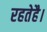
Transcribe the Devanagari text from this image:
रहतेहै।